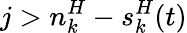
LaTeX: j>n_{k}^{H}-s_{k}^{H}(t)